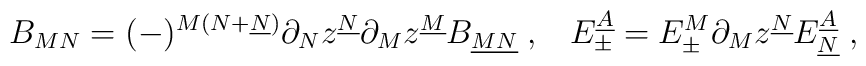
B_{MN} = (-)^{M (N + \underline{N})} \partial_N z^{\underline{N}}\partial_M z^{\underline{M}} B_{\underline{MN}} \;,  \;\;\;E_{\pm}^{\underline{A}} = E_\pm^M\partial_M z^{\underline{N}}E_{\underline{N}}^{\underline{A}}\;,